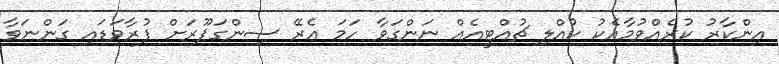
އިންކާރު ކުރެއްވުމާއެކު ކުއްލި ޗުއްޓީއެއް ނަންގަވާ ހަމަ އެރޭ ސިންގަޕޫރަށް ފުރާވަޑައި ގަންނަވާ